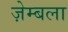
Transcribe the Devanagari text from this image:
ज़ेम्बला